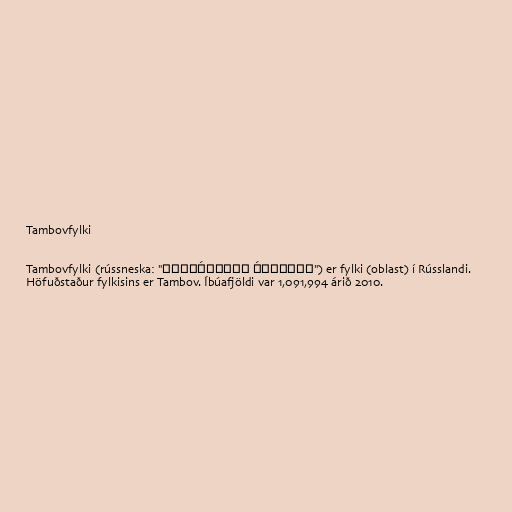
Tambovfylki

Tambovfylki (rússneska: "Тамбо́вская о́бласть") er fylki (oblast) í Rússlandi.
Höfuðstaður fylkisins er Tambov. Íbúafjöldi var 1,091,994 árið 2010.